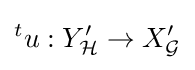
{}^{t}u:Y'_{\mathcal {H}}\to X'_{\mathcal {G}}